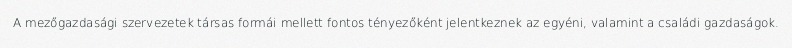
A mezőgazdasági szervezetek társas formái mellett fontos tényezőként jelentkeznek az egyéni, valamint a családi gazdaságok.